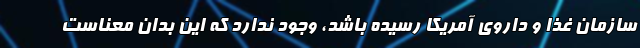
سازمان غذا و داروی آمریکا رسیده باشد، وجود ندارد که این بدان معناست